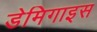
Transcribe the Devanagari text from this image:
डेमिगाइस